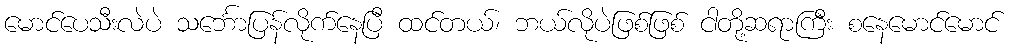
မောင်ပေသီးလဲပဲ သင်္ဘောပြန်လိုက်နေပြီ ထင်တယ်၊ ဘယ်လိုပဲဖြစ်ဖြစ် ငါတို့ဆရာကြီး စနေမောင်မောင်